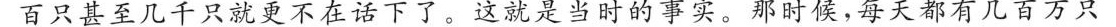
百只甚至几千只就更不在话下了。这就是当时的事实。那时候，每天都有几百万只